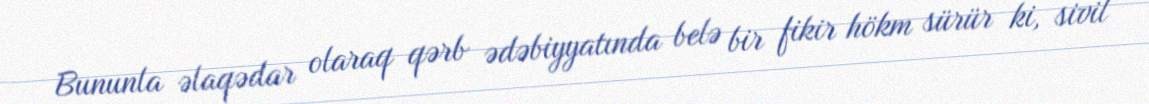
Bununla əlaqədar olaraq qərb ədəbiyyatında belə bir fikir hökm sürür ki, sivil